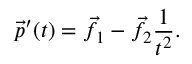
{ \vec { p } } ^ { \prime } ( t ) = { \vec { f } } _ { 1 } - { \vec { f } } _ { 2 } { \frac { 1 } { t ^ { 2 } } } .